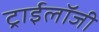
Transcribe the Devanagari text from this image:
ट्राईलॉजी